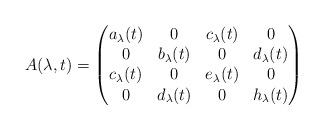
LaTeX: \begin{align*}A(\lambda,t)=\begin{pmatrix}a_\lambda(t)&0&c_\lambda(t)&0\\0&b_\lambda(t)&0&d_\lambda(t)\\c_\lambda(t)&0&e_\lambda(t)&0\\0&d_\lambda(t)&0&h_\lambda(t)\end{pmatrix}\end{align*}